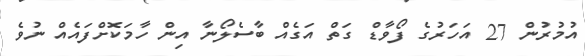
އުމުރުން 27 އަހަރުގެ ފޯވާޑް ގަތް އަގެއް ބާސެލޯނާ އިން ހާމަކޮށްފައެއް ނުވެ